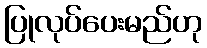
ပြုလုပ်ပေးမည်ဟု